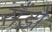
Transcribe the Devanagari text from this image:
सैंडो